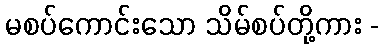
မစပ်ကောင်းသော သိမ်စပ်တို့ကား -